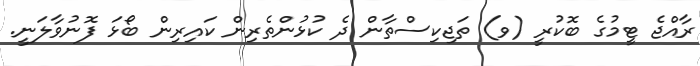
ރާއްޖެ ޓީމުގެ ބޮކުރީ (ވ) ތަޖިކިސްތާން ދެ ކުޅުންތެރިން ކައިރިން ބޯޅަ ފޮނުވާލަނީ.